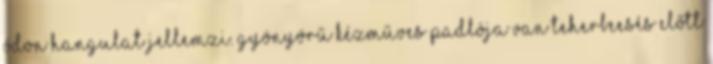
ódon hangulat jellemzi. Gyönyörű kézműves padlója van Teherbeesés előtt